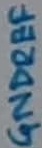
Text: GNDREF